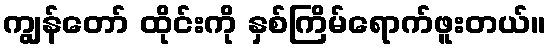
ကျွန်တော် ထိုင်းကို နှစ်ကြိမ်ရောက်ဖူးတယ်။